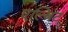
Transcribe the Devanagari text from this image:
एल्बिट